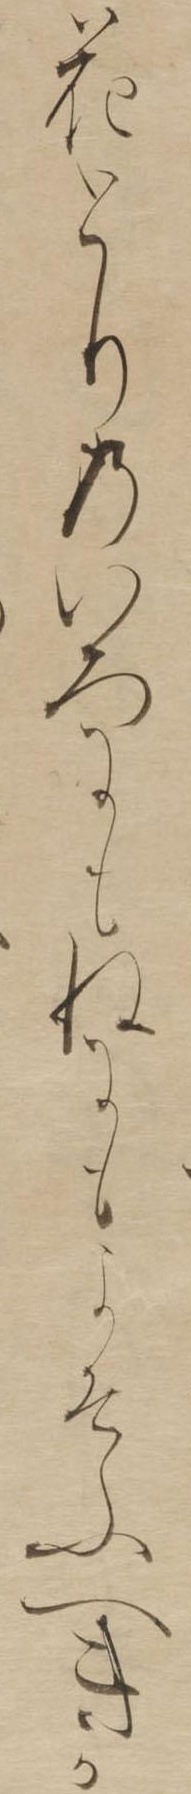
花とりのいろにもねにもよそふへきか